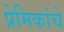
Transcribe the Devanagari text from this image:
प्रेमिकांचे